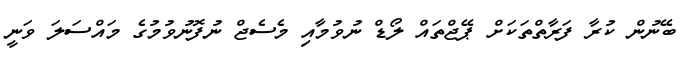
ބޭނުން ކުރާ ފަރާތްތަކަށް ޕޭޖްތައް ލޯޑް ނުވުމާއި މެސެޖް ނުފޮނުވުމުގެ މައްސަލަ ވަނީ